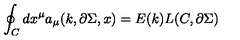
\oint _ { C } d x ^ { \mu } a _ { \mu } ( k , \partial \Sigma , x ) = E ( k ) L ( C , \partial \Sigma )